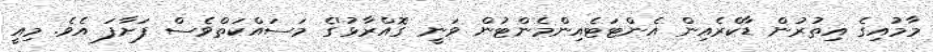
މާމުއިގެ އިތުރުން ޑާކްރެއިން އެންޓަޓެއިންމެންޓުން ވަނީ 'ގޮއްރާޅު'ގެ މަސައްކަތްވެސް ފަށާފަ އެވެ. މިއީ